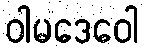
ဝါမဒေဝေါ